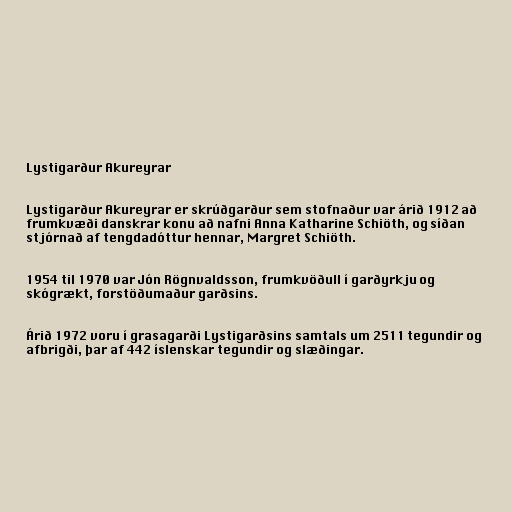
Lystigarður Akureyrar

Lystigarður Akureyrar er skrúðgarður sem stofnaður var árið 1912 að
frumkvæði danskrar konu að nafni Anna Katharine Schiöth, og síðan
stjórnað af tengdadóttur hennar, Margret Schiöth.

1954 til 1970 var Jón Rögnvaldsson, frumkvöðull í garðyrkju og
skógrækt, forstöðumaður garðsins.

Árið 1972 voru í grasagarði Lystigarðsins samtals um 2511 tegundir og
afbrigði, þar af 442 íslenskar tegundir og slæðingar.